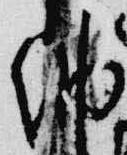
納